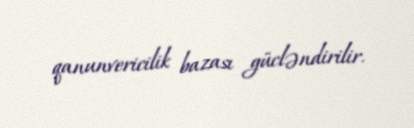
qanunvericilik bazası gücləndirilir.